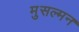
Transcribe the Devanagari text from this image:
मुसल्मन